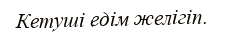
Кетуші едім желігіп.